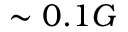
\sim 0 . 1 G